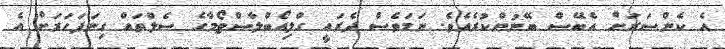
އެ ކެންސަރަށް އެބޭސް ބޭނުންކުރެއެވެ. ނަމަވެސް ދެރައީ ގްލިއޯބްލާސްޓޯމާގެ ސެލްތައް ގިނަފަހަރަށް އެ